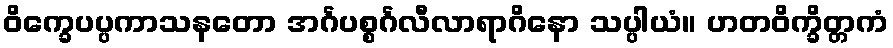
ဝိက္ခေပပ္ပကာသနတော အင်္ဂပစ္စင်္ဂလီလာရာဂိနော သပ္ပါယံ။ ဟတဝိက္ခိတ္တကံ